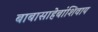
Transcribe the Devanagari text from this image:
बाबासाहेबांशिवाय